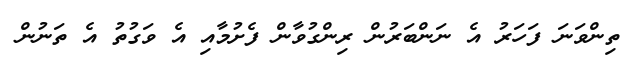
ތިންވަނަ ފަހަރު އެ ނަންބަރުން ރިންގުވާން ފެށުމާއި އެ ވަގުތު އެ ތަނުން